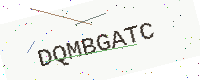
Text: DQMBGATC